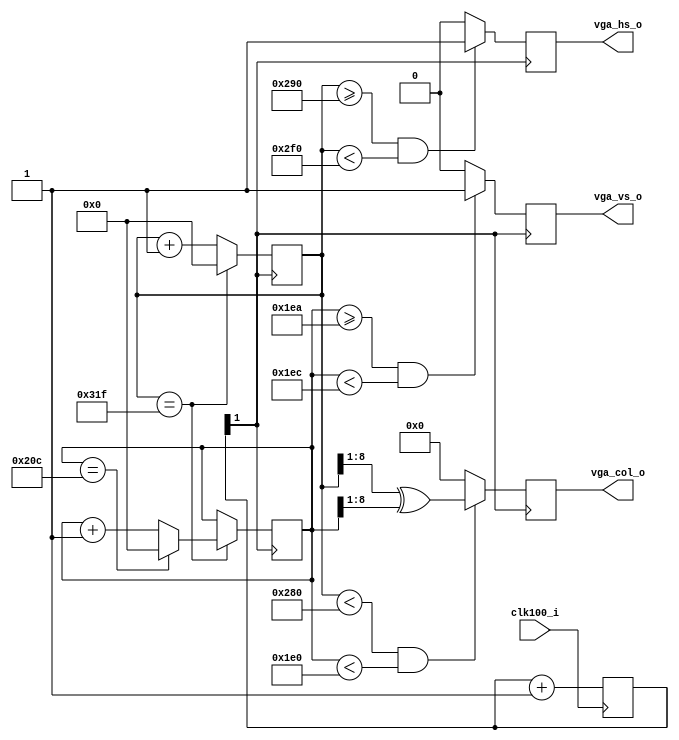
module vga (
   clk100_i,
   vga_hs_o,
   vga_vs_o,
   vga_col_o
);

    input          clk100_i;
    output         vga_hs_o;
    output         vga_vs_o;
    output [7:0]   vga_col_o;
    
    //internal signals
    wire           vga_clk;
    reg [1:0]      clk_cnt   = 0;
    reg [9:0]      vga_pix_x = 0;
    reg [9:0]      vga_pix_y = 0;
    reg            vga_hs;
    reg            vga_vs;
    reg [7:0]      vga_col;
    
    //VGA timing parameters
    localparam     VGA_X_SIZE   = 800;
    localparam     VGA_Y_SIZE   = 525;
    localparam     VGA_HS_BEGIN = 656;
    localparam     VGA_HS_SIZE  =  96;
    localparam     VGA_VS_BEGIN = 490;
    localparam     VGA_VS_SIZE  =   2;
    localparam     VGA_X_PIXELS = 640;
    localparam     VGA_Y_PIXELS = 480;
    
    //clock divider
    always @ (posedge clk100_i)
    begin
       clk_cnt <= clk_cnt + 1;
    end
    
    assign vga_clk = clk_cnt[1];
    
    //horizontal pixel counter
    always @ (posedge vga_clk)
    begin
       if (vga_pix_x == VGA_X_SIZE-1) begin
          vga_pix_x <= 0;
       end else begin
          vga_pix_x <= vga_pix_x + 1;
       end
    end
    
    //vertical pixel counter
    always @ (posedge vga_clk)
    begin
       if (vga_pix_x == VGA_X_SIZE-1) begin
          if (vga_pix_y == VGA_Y_SIZE-1) begin
             vga_pix_y <= 0;
          end else begin
             vga_pix_y <= vga_pix_y + 1;
          end
       end
    end
    
    always @ (posedge vga_clk)
    begin
        //horizontal sync
        vga_hs <= 1'b0;
        if (vga_pix_x >= VGA_HS_BEGIN && vga_pix_x < VGA_HS_BEGIN + VGA_HS_SIZE) begin
          vga_hs <= 1'b1;
        end
        
        //vertical sync
        vga_vs <= 1'b0;
        if (vga_pix_y >= VGA_VS_BEGIN && vga_pix_y < VGA_VS_BEGIN + VGA_VS_SIZE) begin
          vga_vs <= 1'b1;
        end
        
        //color signal
        vga_col <= 0;
        if (vga_pix_x < VGA_X_PIXELS && vga_pix_y < VGA_Y_PIXELS) begin
          vga_col <= vga_pix_x[8:1] ^ vga_pix_y[8:1];
        end
    end
    
    assign vga_hs_o  = vga_hs;
    assign vga_vs_o  = vga_vs;
    assign vga_col_o = vga_col;

endmodule